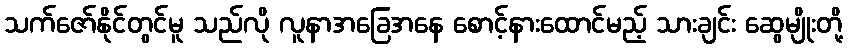
သက်ဇော်နိုင်တွင်မူ သည်လို လူနာအခြေအနေ စောင့်နားထောင်မည့် သားချင်း ဆွေမျိုးတို့